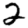
Digit: 2